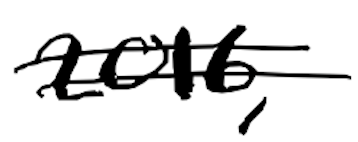
Text: 2016,
Cross-out: double-line
Writing tool: digital_black